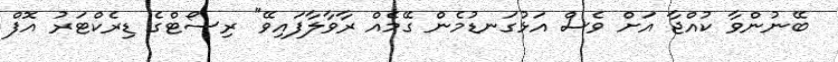
ބޭނުންވާ ކުއްޖާ އަށް ވެސް އަޅުގަނޑުމެން ގޭމެއް ރާވާލާފައިވޭ" ރިސޯޓްގެ ޑިރެކްޓަރު އޮފް